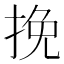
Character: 挽